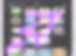
র